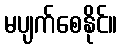
မပျက်စေနိုင်။